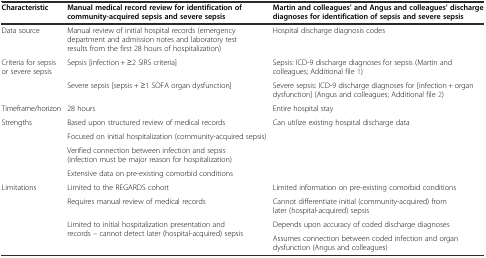
<table><thead><tr><td><b>Characteristic</b></td><td><b>Manual medical record review for identification of community-acquired sepsis and severe sepsis</b></td><td><b>Martin and colleagues’ and Angus and colleagues’ discharge diagnoses for identification of sepsis and severe sepsis</b></td></tr></thead><tbody><tr><td>Data source</td><td>Manual review of initial hospital records (emergency department and admission notes and laboratory test results from the first 28 hours of hospitalization)</td><td>Hospital discharge diagnosis codes</td></tr><tr><td>Criteria for sepsis or severe sepsis</td><td>Sepsis [infection + ≥2 SIRS criteria]</td><td>Sepsis: ICD-9 discharge diagnoses for sepsis (Martin and colleagues; Additional file 1)</td></tr><tr><td></td><td>Severe sepsis [sepsis + ≥1 SOFA organ dysfunction]</td><td>Severe sepsis: ICD-9 discharge diagnoses for [infection + organ dysfunction] (Angus and colleagues; Additional file 2)</td></tr><tr><td>Timeframe/horizon</td><td>28 hours</td><td>Entire hospital stay</td></tr><tr><td rowspan="4">Strengths</td><td>Based upon structured review of medical records</td><td rowspan="4">Can utilize existing hospital discharge data</td></tr><tr><td>Focused on initial hospitalization (community-acquired sepsis)</td></tr><tr><td>Verified connection between infection and sepsis (infection must be major reason for hospitalization)</td></tr><tr><td>Extensive data on pre-existing comorbid conditions</td></tr><tr><td rowspan="4">Limitations</td><td>Limited to the REGARDS cohort</td><td>Limited information on pre-existing comorbid conditions</td></tr><tr><td>Requires manual review of medical records</td><td>Cannot differentiate initial (community-acquired) from later (hospital-acquired) sepsis</td></tr><tr><td rowspan="2">Limited to initial hospitalization presentation and records – cannot detect later (hospital-acquired) sepsis</td><td>Depends upon accuracy of coded discharge diagnoses</td></tr><tr><td>Assumes connection between coded infection and organ dysfunction (Angus and colleagues)</td></tr></tbody></table>